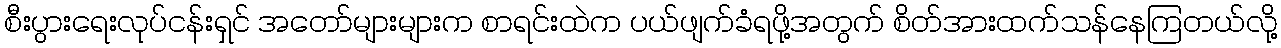
စီးပွားရေးလုပ်ငန်းရှင် အတော်များများက စာရင်းထဲက ပယ်ဖျက်ခံရဖို့အတွက် စိတ်အားထက်သန်နေကြတယ်လို့